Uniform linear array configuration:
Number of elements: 48
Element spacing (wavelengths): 0.25
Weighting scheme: blackman
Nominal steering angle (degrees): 60
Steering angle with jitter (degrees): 60.478
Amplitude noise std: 0.05
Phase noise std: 0.05

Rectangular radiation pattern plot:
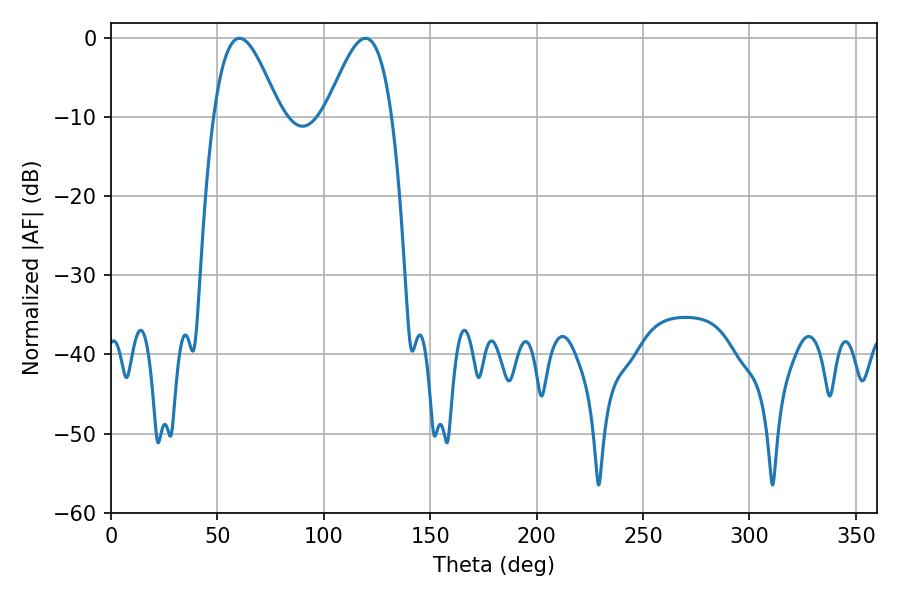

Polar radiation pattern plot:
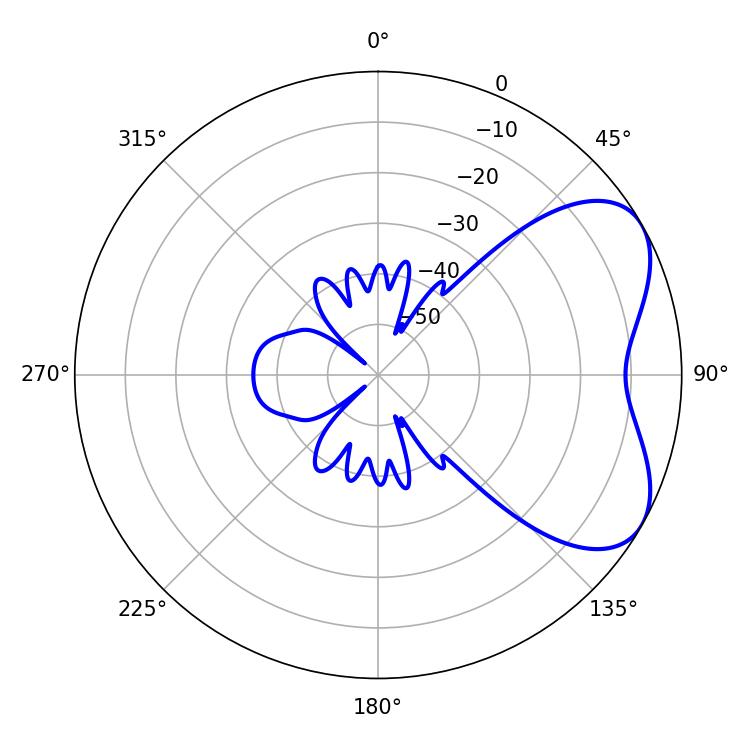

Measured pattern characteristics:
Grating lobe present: FALSE
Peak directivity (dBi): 5.345
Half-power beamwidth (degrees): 16.74
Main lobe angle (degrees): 60.48